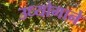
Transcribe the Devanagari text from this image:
उध्योगाने